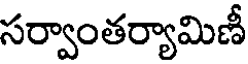
సర్వాంతర్యామిణీ